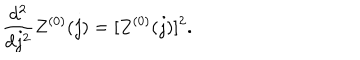
LaTeX: \frac { d ^ { 2 } } { d j ^ { 2 } } Z ^ { ( 0 ) } ( j ) = [ Z ^ { ( 0 ) } ( j ) ] ^ { 2 } .